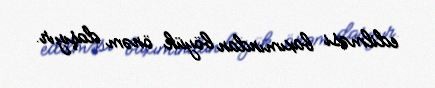
edilməsi baxımından böyük önəm daşıyır.